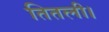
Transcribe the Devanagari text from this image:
तितली।